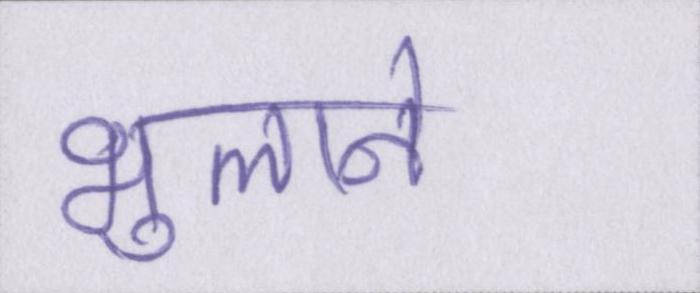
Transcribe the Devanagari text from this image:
भुलाने